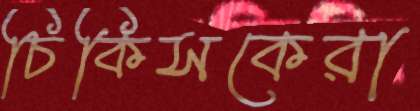
চিকিসকেরা